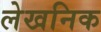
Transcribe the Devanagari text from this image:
लेखनिक